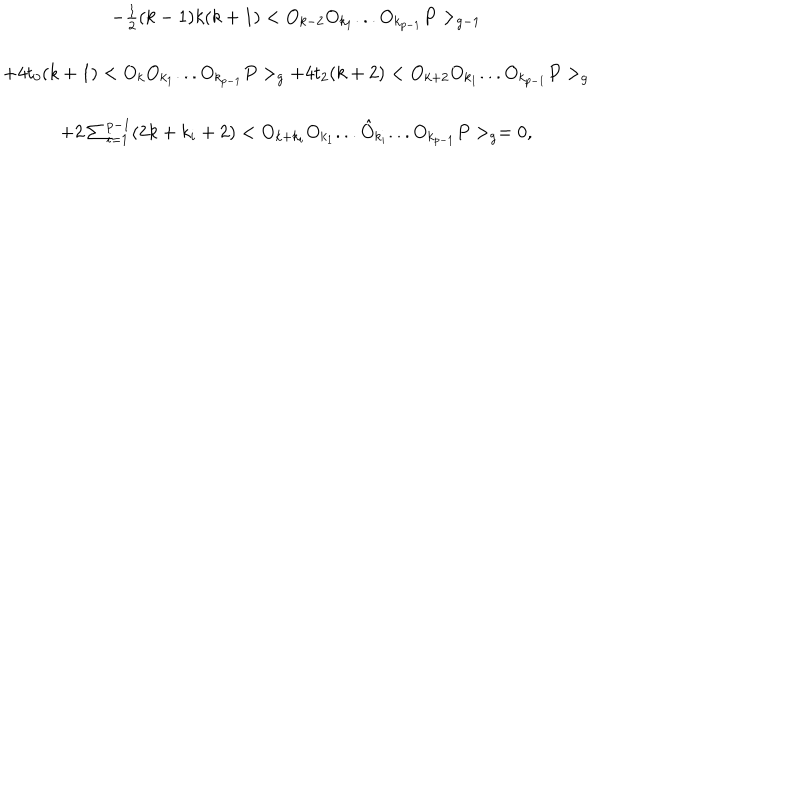
\begin{array} { c } { { - \frac { 1 } { 2 } ( k - 1 ) k ( k + 1 ) < O _ { k - 2 } O _ { k _ { 1 } } . . . O _ { k _ { p - 1 } } P > _ { g - 1 } } } \\ { { + 4 t _ { 0 } ( k + 1 ) < O _ { k } O _ { k _ { 1 } } . . . O _ { k _ { p - 1 } } P > _ { g } + 4 t _ { 2 } ( k + 2 ) < O _ { k + 2 } O _ { k _ { 1 } } . . . O _ { k _ { p - 1 } } P > _ { g } } } \\ { { + 2 \sum _ { i = 1 } ^ { p - 1 } ( 2 k + k _ { i } + 2 ) < O _ { k + k _ { i } } O _ { k _ { 1 } } . . . \hat { O } _ { k _ { i } } . . . O _ { k _ { p - 1 } } P > _ { g } = 0 , } } \\ \end{array}